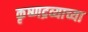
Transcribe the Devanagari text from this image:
कृष्णद्रव्याच्या